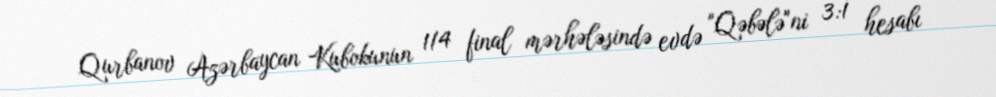
Qurbanov Azərbaycan Kubokunun 1/4 final mərhələsində evdə "Qəbələ"ni 3:1 hesabı